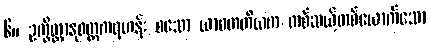
၆။ ဥက္ခိတ္တာနုဝတ္တကရဟန်း စသော ယာဝတတိယက တစ်ဆယ့်တစ်ယောက်သော